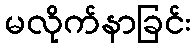
မလိုက်နာခြင်း